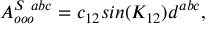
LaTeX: A _ { o o o } ^ { S \ a b c } = c _ { 1 2 } s i n ( K _ { 1 2 } ) d ^ { a b c } ,